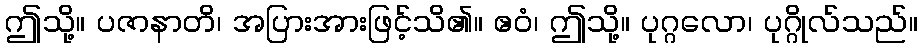
ဤသို့။ ပဇာနာတိ၊ အပြားအားဖြင့်သိ၏။ ဧဝံ၊ ဤသို့။ ပုဂ္ဂလော၊ ပုဂ္ဂိုလ်သည်။